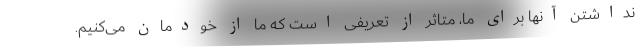
نداشتن آنها برای ما، متاثر از تعریفی است که ما از خودمان می‌کنیم.